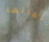
إختفائها